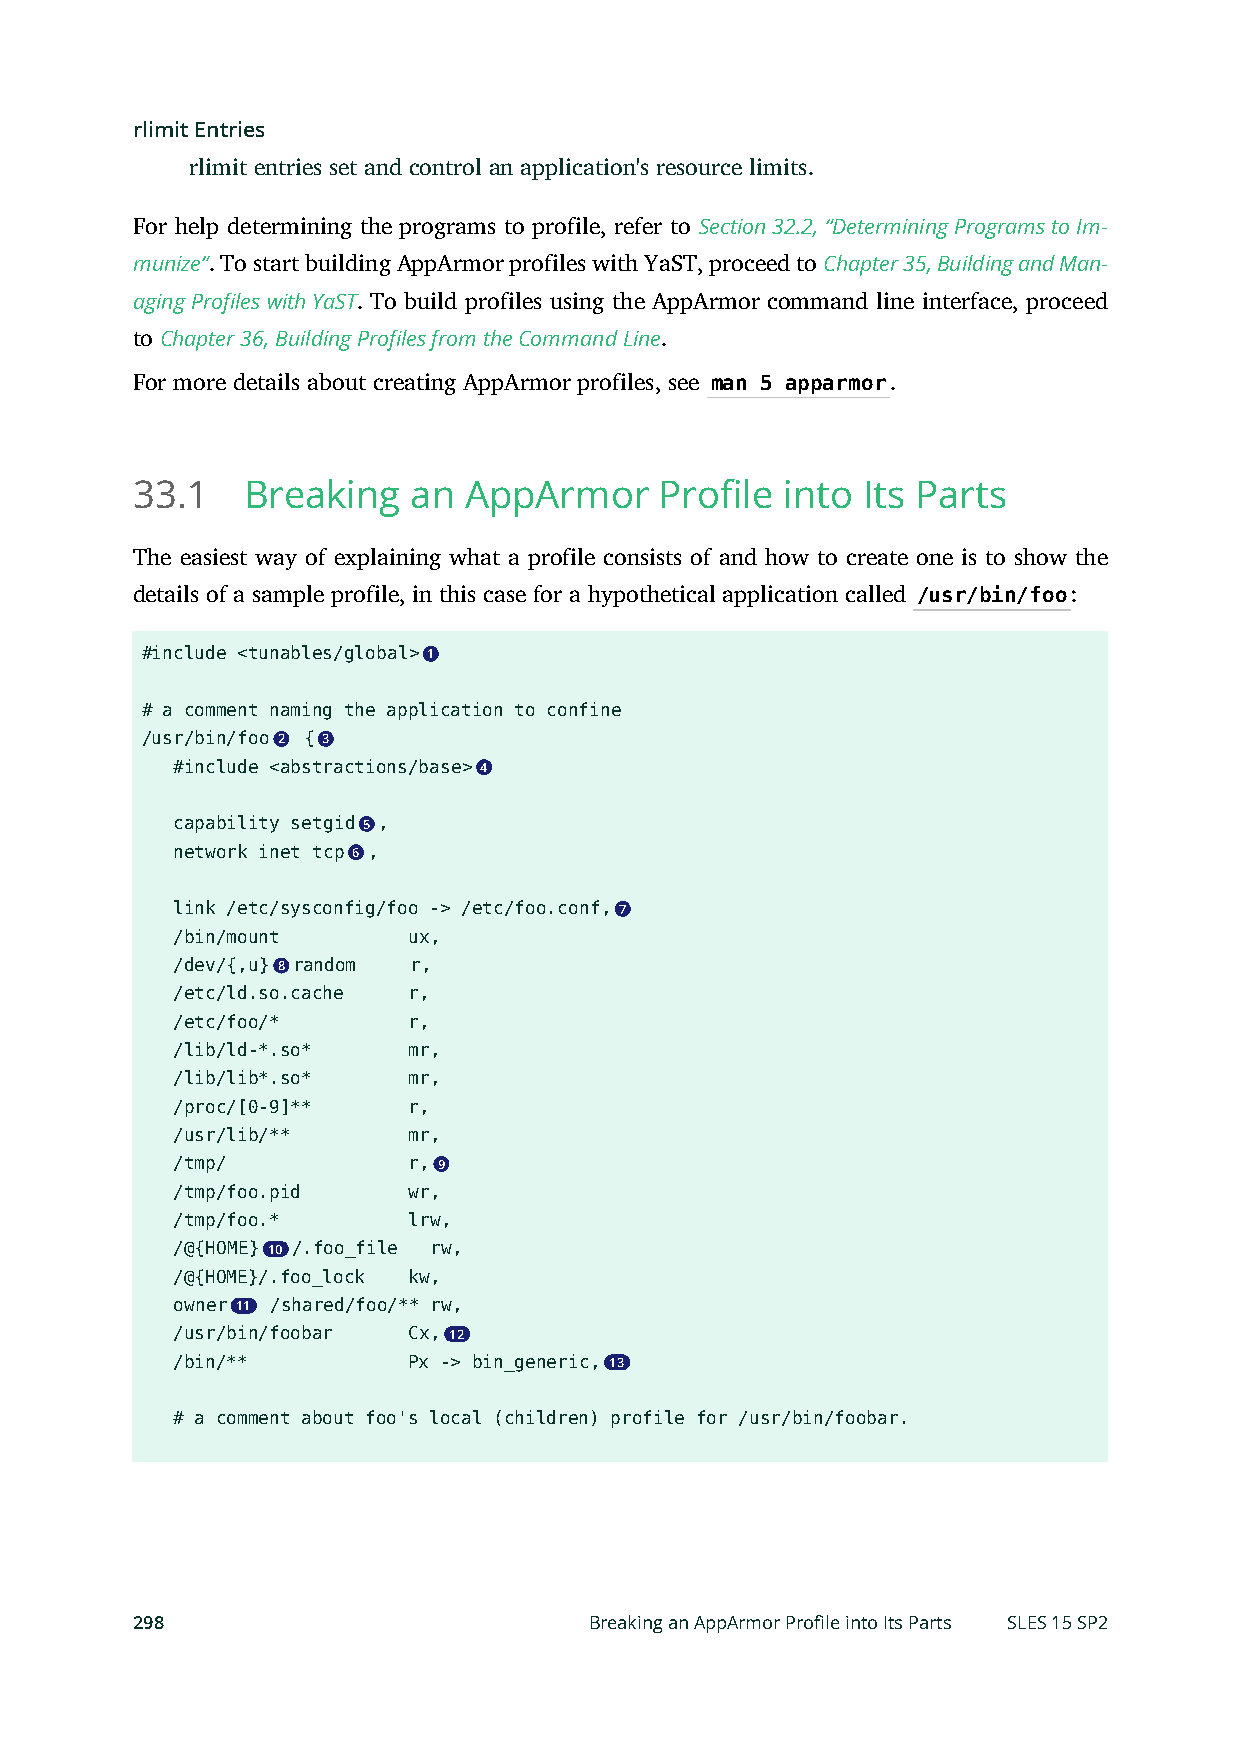
rlimit Entries
 rlimit entries set and control an application's resource limits.
 For help determining the programs to profile, refer to Section 32.2, “Determining Programs to Im-
 munize”. To start building AppArmor profiles with YaST, proceed to Chapter 35, Building and Man-
 aging Profiles with YaST. To build profiles using the AppArmor command line interface, proceed
 to Chapter 36, Building Profiles from the Command Line.
 For more details about creating AppArmor profiles, see man 5 apparmor.
 33.1   Breaking   an  AppArmor     Profile into Its Parts
 The easiest way of explaining what a profile consists of and how to create one is to show the
 details of a sample profile, in this case for a hypothetical application called /usr/bin/foo:
 #include <tunables/global> 1
 # a comment naming the application to confine
 /usr/bin/foo 2 { 3
 #include <abstractions/base> 4
 capability setgid 5 ,
 network inet tcp 6 ,
 link /etc/sysconfig/foo -> /etc/foo.conf, 7
 /bin/mount     ux,
 /dev/{,u} 8 random r,
 /etc/ld.so.cache r,
 /etc/foo/*     r,
 /lib/ld-*.so*  mr,
 /lib/lib*.so*  mr,
 /proc/[0-9]**  r,
 /usr/lib/**    mr,
 /tmp/          r, 9
 /tmp/foo.pid   wr,
 /tmp/foo.*     lrw,
 /@{HOME} 10 /.foo_file rw,
 /@{HOME}/.foo_lock kw,
 owner 11 /shared/foo/** rw,
 /usr/bin/foobar Cx, 12
 /bin/**        Px -> bin_generic, 13
 # a comment about foo's local (children) profile for /usr/bin/foobar.
 298                           Breaking an AppArmor Profile into Its Parts SLES 15 SP2